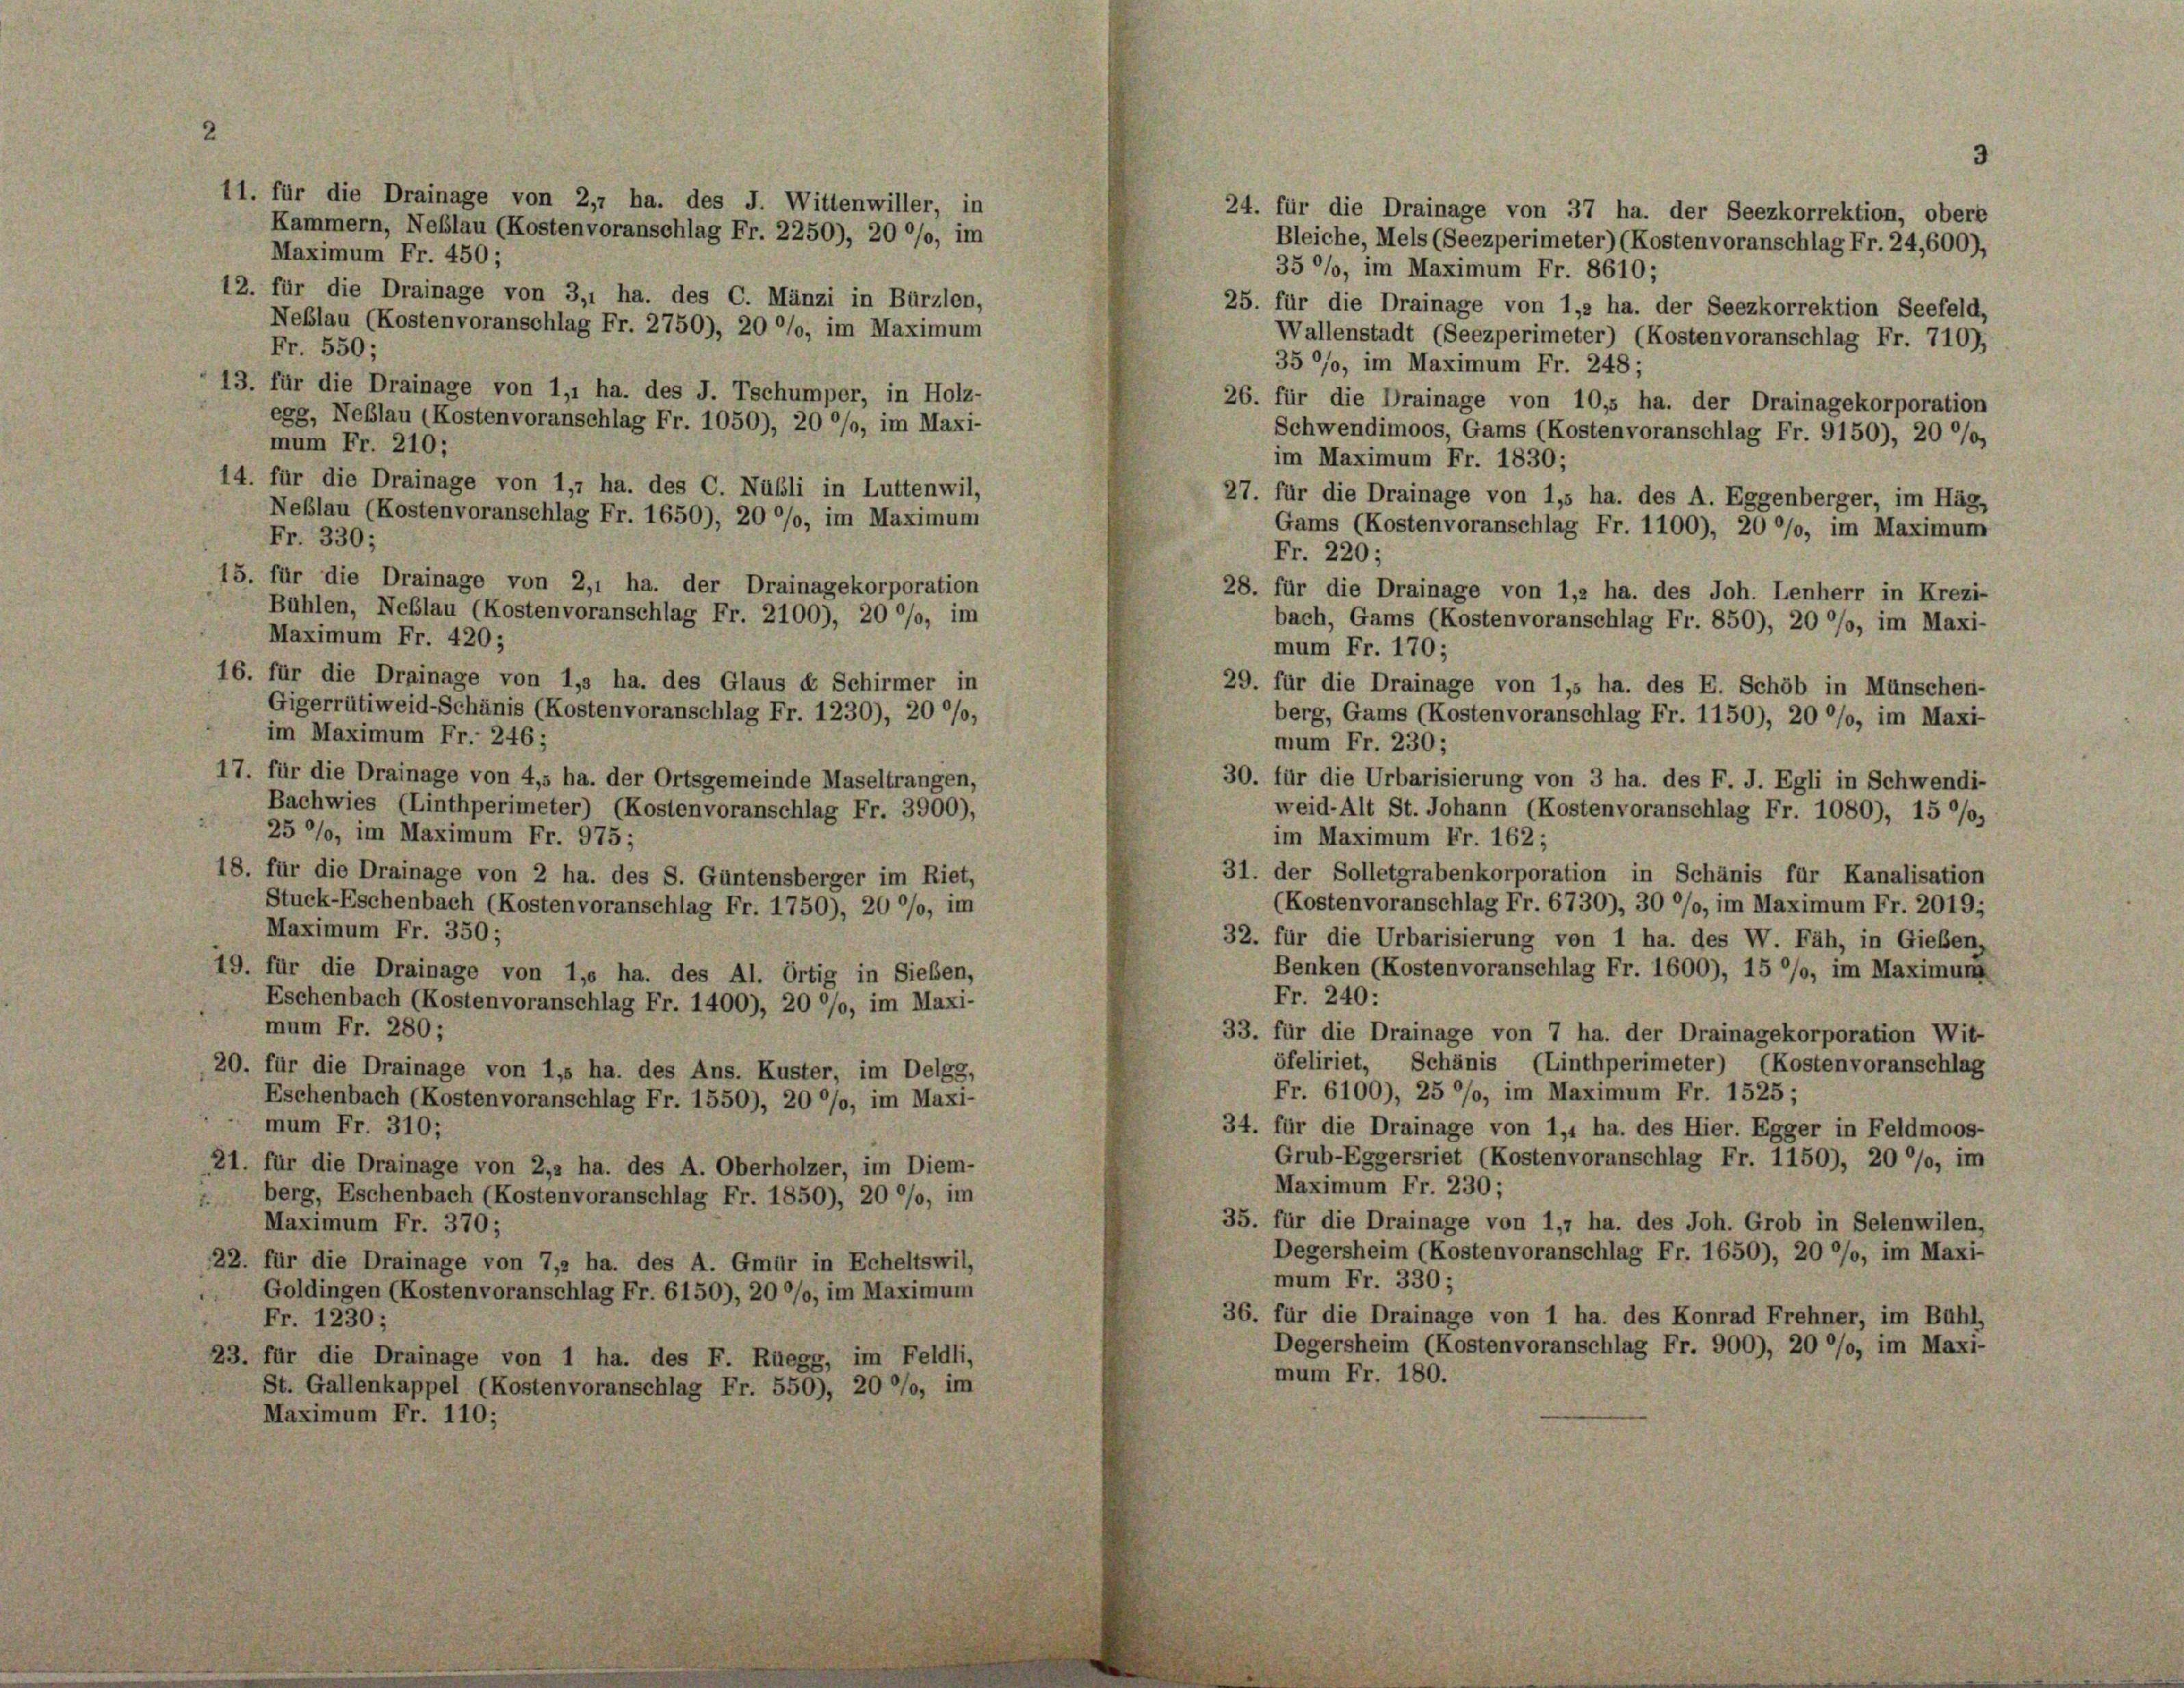
24. für die Drainage von 37 ha. der Seezkorrektion, obere
Kammern, Neblau (Kostenvoranschlag Fr. 2250), 20 °/o, im
Bleiche, Mels (Seezperimeter) (Kostenvoranschlag Fr. 24, 600),
Maximum Fr. 450;
35 °/o, im Maximum Fr. 8610;
12. für die Drainage von 3,1 ha. des C. Mänzi in Bürzlen,
25. für die Drainage von 1,2 ha. der Seezkorrektion Seefeld,
Neblau (Kostenvoranschlag Fr. 2750), 20 %%, im Maximum
Wallenstadt (Seezperimeter) (Kostenvoranschlag Fr. 710),
Fr. 550;
35 °/o, im Maximum Fr. 248;
13. für die Drainage von 1,1 ha. des J. Tschumper, in Holz-
26. für die Drainage von 10,5 ha. der Drainagekorporation
egg, Neßlau (Kostenvoranschlag Fr. 1050), 20 %%, im Maxi-
Schwendimoos, Gams (Kostenvoranschlag Fr. 9150), 20 °/o,
mum Fr. 210;
im Maximum Fr. 1830;
14. für die Drainage von 1,7 ha. des C. Nübli in Luttenwil,
27. für die Drainage von 1,5 ha. des A. Eggenberger, im Häg,
Neblau (Kostenvoranschlag Fr. 1650), 20 %%, im Maximum
Gams (Kostenvoranschlag Fr. 1100), 20 °/o, im Maximum
Fr. 330;
Fr. 220;
15. für die Drainage von 2,1 ha. der Drainagekorporation
28. für die Drainage von 1,2 ha. des Joh. Lenherr in Krezi-
Bühlen, Neblau (Kostenvoranschlag Fr. 2100), 20 °/o, im
bach, Gams (Kostenvoranschlag Fr. 850), 20 %, im Maxi-
Maximum Fr. 420;
mum Fr. 170;
16. für die Drainage von 1,3 ha. des Glaus et Schirmer in
29. für die Drainage von 1,5 ha. des E. Schöb in Münschen-
Gigerrütiweid-Schänis (Kostenvoranschlag Fr. 1230), 20 %%,
berg, Gams (Kostenvoranschlag Fr. 1150), 20 °/o, im Maxi-
im Maximum Fr. 246;
mum Fr. 230;
17. für die Drainage von 4,5 ha. der Ortsgemeinde Maseltrangen,
30. für die Urbarisierung von 3 ha. des F. J. Egli in Schwendi-
Bachwies (Linthperimeter) (Kostenvoranschlag Fr. 3900),
weid-Alt St. Johann (Kostenvoranschlag Fr. 1080), 15 0/0
25%, im Maximum Fr. 975;
im Maximum Fr. 162;
31. der Solletgrabenkorporation in Schänis für Kanalisation
18. für die Drainage von 2 ha. des S. Güntensberger im Riet,
(Kostenvoranschlag Fr. 6730), 30 °/o, im Maximum Fr. 2019;
Stuck-Eschenbach (Kostenvoranschlag Fr. 1750), 20 °/o, im
Maximum Fr. 350;
32. für die Urbarisierung von 1 ha. des W. Fäh, in Gieben,
Benken (Kostenvoranschlag Fr. 1600), 15 °/o, im Maximung
49. für die Drainage von 1,6 ha. des Al. Ortig in Sieben,
Fr. 240:
Eschenbach (Kostenvoranschlag Fr. 1400), 20 °/o, im Maxi-
mum Fr. 280;
33. für die Drainage von 7 ha. der Drainagekorporation Wit-
öfeliriet, Schanis (Linthperimeter) (Kostenvoranschlag
20. für die Drainage von 1,5 ha. des Ans. Kuster, im Delgg,
Fr. 6100), 25 %, im Maximum Fr. 1525;
Eschenbach (Kostenvoranschlag Fr. 1550), 20 °/o, im Maxi-
mum Fr. 310;
34. für die Drainage von 1,1 ha. des Hier. Egger in Feldmoos-
Grub-Eggersriet (Kostenvoranschlag Fr. 1150), 20 °/o, im
21. für die Drainage von 2,2 ha. des A. Oberholzer, im Diem-
Maximum Fr. 230;
berg, Eschenbach (Kostenvoranschlag Fr. 1850), 20 °/o, im
35. für die Drainage von 1,7 ha. des Joh. Grob in Selenwilen,
Maximum Fr. 370;
Degersheim (Kostenvoranschlag Fr. 1650), 20 °/o, im Maxi-
22. für die Drainage von 7, ha. des A. Gmür in Echeltswil,
mum Fr. 330;
Goldingen (Kostenvoranschlag Fr. 6150), 20 %, im Maximum
36. für die Drainage von 1 ha. des Konrad Frehner, im Bühl,
Fr. 1230;
Degersheim (Kostenvoranschlag Fr. 900), 20 °/o, im Maxi-
23. für die Drainage von 1 ha. des F. Ruegg, im Feldli,
mum Fr. 180.
St. Gallenkappel (Kostenvoranschlag Fr. 550), 20 %%, im
Maximum Fr. 110;

11. für die Drainage von 2,7 ha. des J. Wittenwiller, in

3